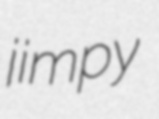
jimpy